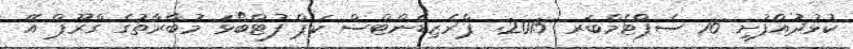
ކުޅުދުއްފުށި 16 ސެޕްޓެމްބަރ 2015: ޕްރެޒިޑެންޓްސް ކަޕް ފުޓްބޯޅަ މުބާރާތުގެ ގްރޫޕް އޭ